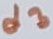
Text: d3